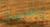
يصير